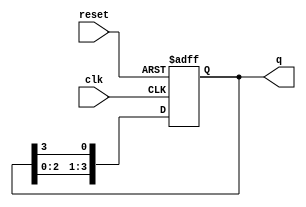
module ring_counter #(parameter N = 4) (
    input wire clk,          // Clock signal
    input wire reset,        // Asynchronous reset signal
    output reg [N-1:0] q     // Output state of the counter
);

// Initial state
initial begin
    q = 1'b1; // Initialize the first flip-flop to '1'
end

// Always block triggered on clock edge and reset
always @(posedge clk or posedge reset) begin
    if (reset) begin
        q <= 1'b1; // Reset the counter to the initial state
    end else begin
        // Shift the '1' through the stages
        q <= {q[N-2:0], q[N-1]}; // Shift left and wrap around
    end
end

endmodule